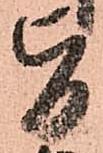
旨